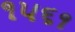
૧૫૬૧